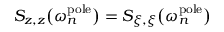
S _ { z , z } \big ( \omega _ { n } ^ { \mathrm { p o l e } } \big ) = S _ { \xi , \xi } \big ( \omega _ { n } ^ { \mathrm { p o l e } } \big )